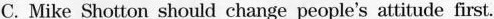
C. Mike Shotton should change people's attitude first.